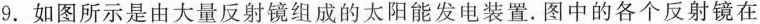
9.如图所示是由大量反射镜组成的太阳能发电装置.图中的各个反射镜在